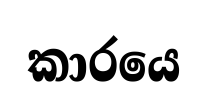
කාරයෙ